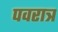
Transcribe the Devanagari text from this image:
पवरात्र